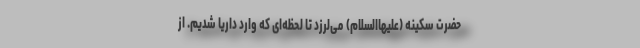
حضرت سکینه (علیهاالسلام) می‌لرزد تا لحظه‌ای که وارد داریا شدیم. از